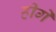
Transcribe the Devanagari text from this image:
हीगे